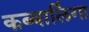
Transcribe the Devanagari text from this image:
कब्बालिंगा